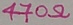
Text: 470Ω